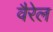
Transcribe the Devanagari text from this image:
वैरेल